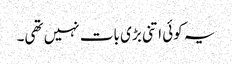
یہ کوئی اتنی بڑی بات نہیں تھی۔